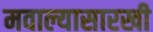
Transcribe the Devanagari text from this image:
मवाल्यासारखी